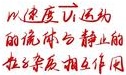
以速度$v$运动的流体与静止的柱杂质相互作用